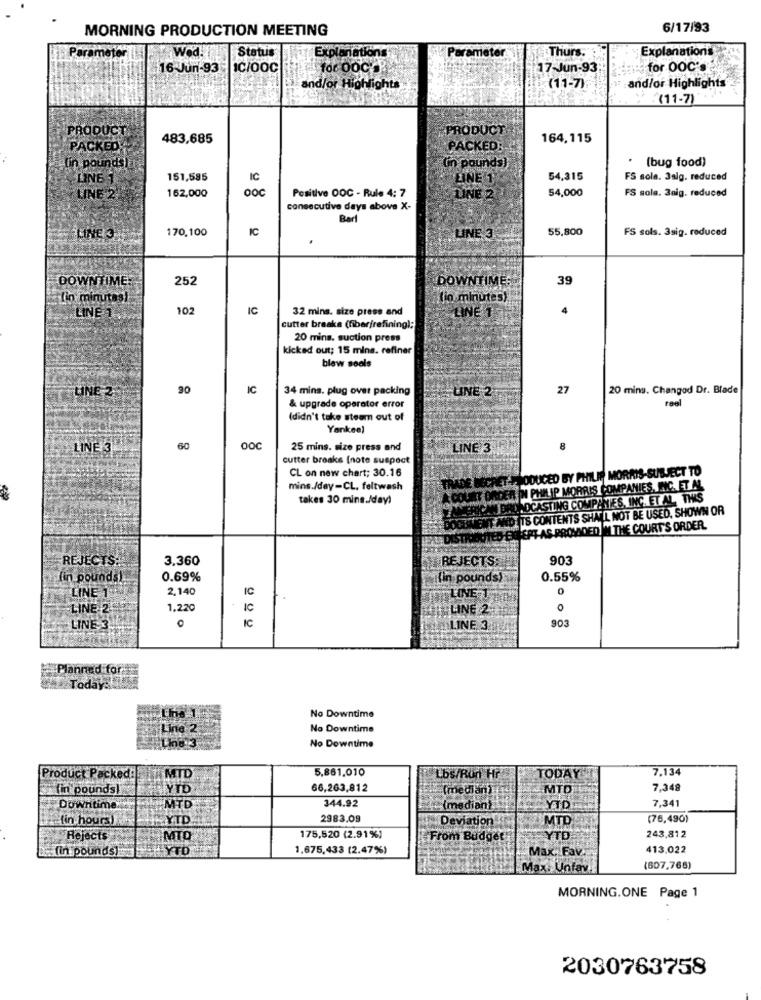
MORNING PRODUCTION MEETING
6/17/93
Wed!
Status
Exp
ameter
Thurs.
Explanations
Parameter
16 Jun-93
IC/00C
for OOC'S
17-Jun-93
for OOC'S
and/or Highlights
(11-7)
and/or Highlights
.(11-7)
PRODUCT
PRODUCT
483,685
164,115
PACKED:
PACKED:
.
(bug food)
fin pounds)
(in pounds)
LINE 1
151,585
IC
LINE 1
54,315
FS sola. Jalg. reduced
ooc
Positive DOC - Rule 4: 7
54,000
FS sola. 3nig. reduced
LINE 2
162,000
LINE 2
consecutive days above X-
Bart
170,100
IC
55,800
FS sols. 3sig. reduced
LINE J
LINE 3
DOWNTIME
252
DOWNTIME
39
lin minutas)
tin minutes)
102
IC
32 mins. size press and
LINE
4
LINE 1.
cutter breaks (fiberirefining);
20 mins. suction press
kicked out; 15 mins. refiner
blew sools
90
IC
34 mins. plug over packing
UNE 2
27
20 mins. Changod Dr. Blade
LINE 2
reel
& upgrade operator error
(didn't take steam out of
Yankee)
LINE 3.
60
OOC
25 mins. size press and
LINE 3
8
cutter breaks (note suspect
CL on new chart; 30.16
PODUCED BY PHILIP MORRIS-SUBJECT TO
mins./day -CL. feltwash
N PHILIP MORRIS COMPANIES, INC. ET AL.
takes 30 mins./day!
NOCASTING COMPANIES, INC. ET AL, THIS
IS CONTENTS SHALL NOT BE USED, SHOWN OR
EPT-AS PROVIDED IN THE COURT'S ORDER.
REJECTS:
3.360
REJECTS:
903
lin pounds ...
0.69%
(in pounds)
0.55%
LINE 13
2,140
IC
0
LINE 1
LINE 24
1,220
+ IC
SU LINE 2
0
IC
903
LINE 3
O
LINE 3
Planned for
Today idek
No Downtime
Line 2
No Downtime
No Downtime
Product Packed:
5,861,010
7.134
MTD
Lbs/Ron Hr
TODAY"
fin pounds!
YTD
66,263,812
(median)
MTD
7.348
344.92
7,341
Downtime
MTD
(median)
YTD
(in hours)
YTD
2983.09
Deviation
MTD
(76,490)
Rejects
MTO
175,520 (2.91%)
From Budget
YTD
243,812
[in pounds)
LYTD
1.675,433 (2.47%)
413.022
Max, Fav
Max: Unfav.
(607,765)
MORNING.ONE Page 1
2030763758